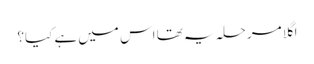
اگلا مرحلہ یہ تھا اس میں ہے کیا؟